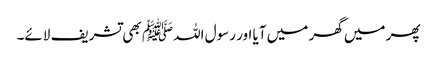
پھر میں گھر میں آیا اور رسول اللہﷺ بھی تشریف لائے۔